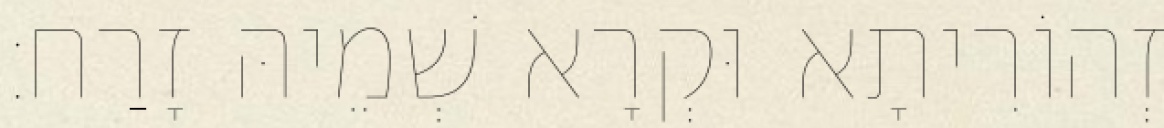
זְהוֹרִיתָא וּקְרָא שְׁמֵיהּ זָרַח׃